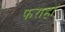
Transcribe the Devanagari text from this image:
फराहों